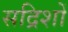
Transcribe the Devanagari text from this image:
सद्रिशों